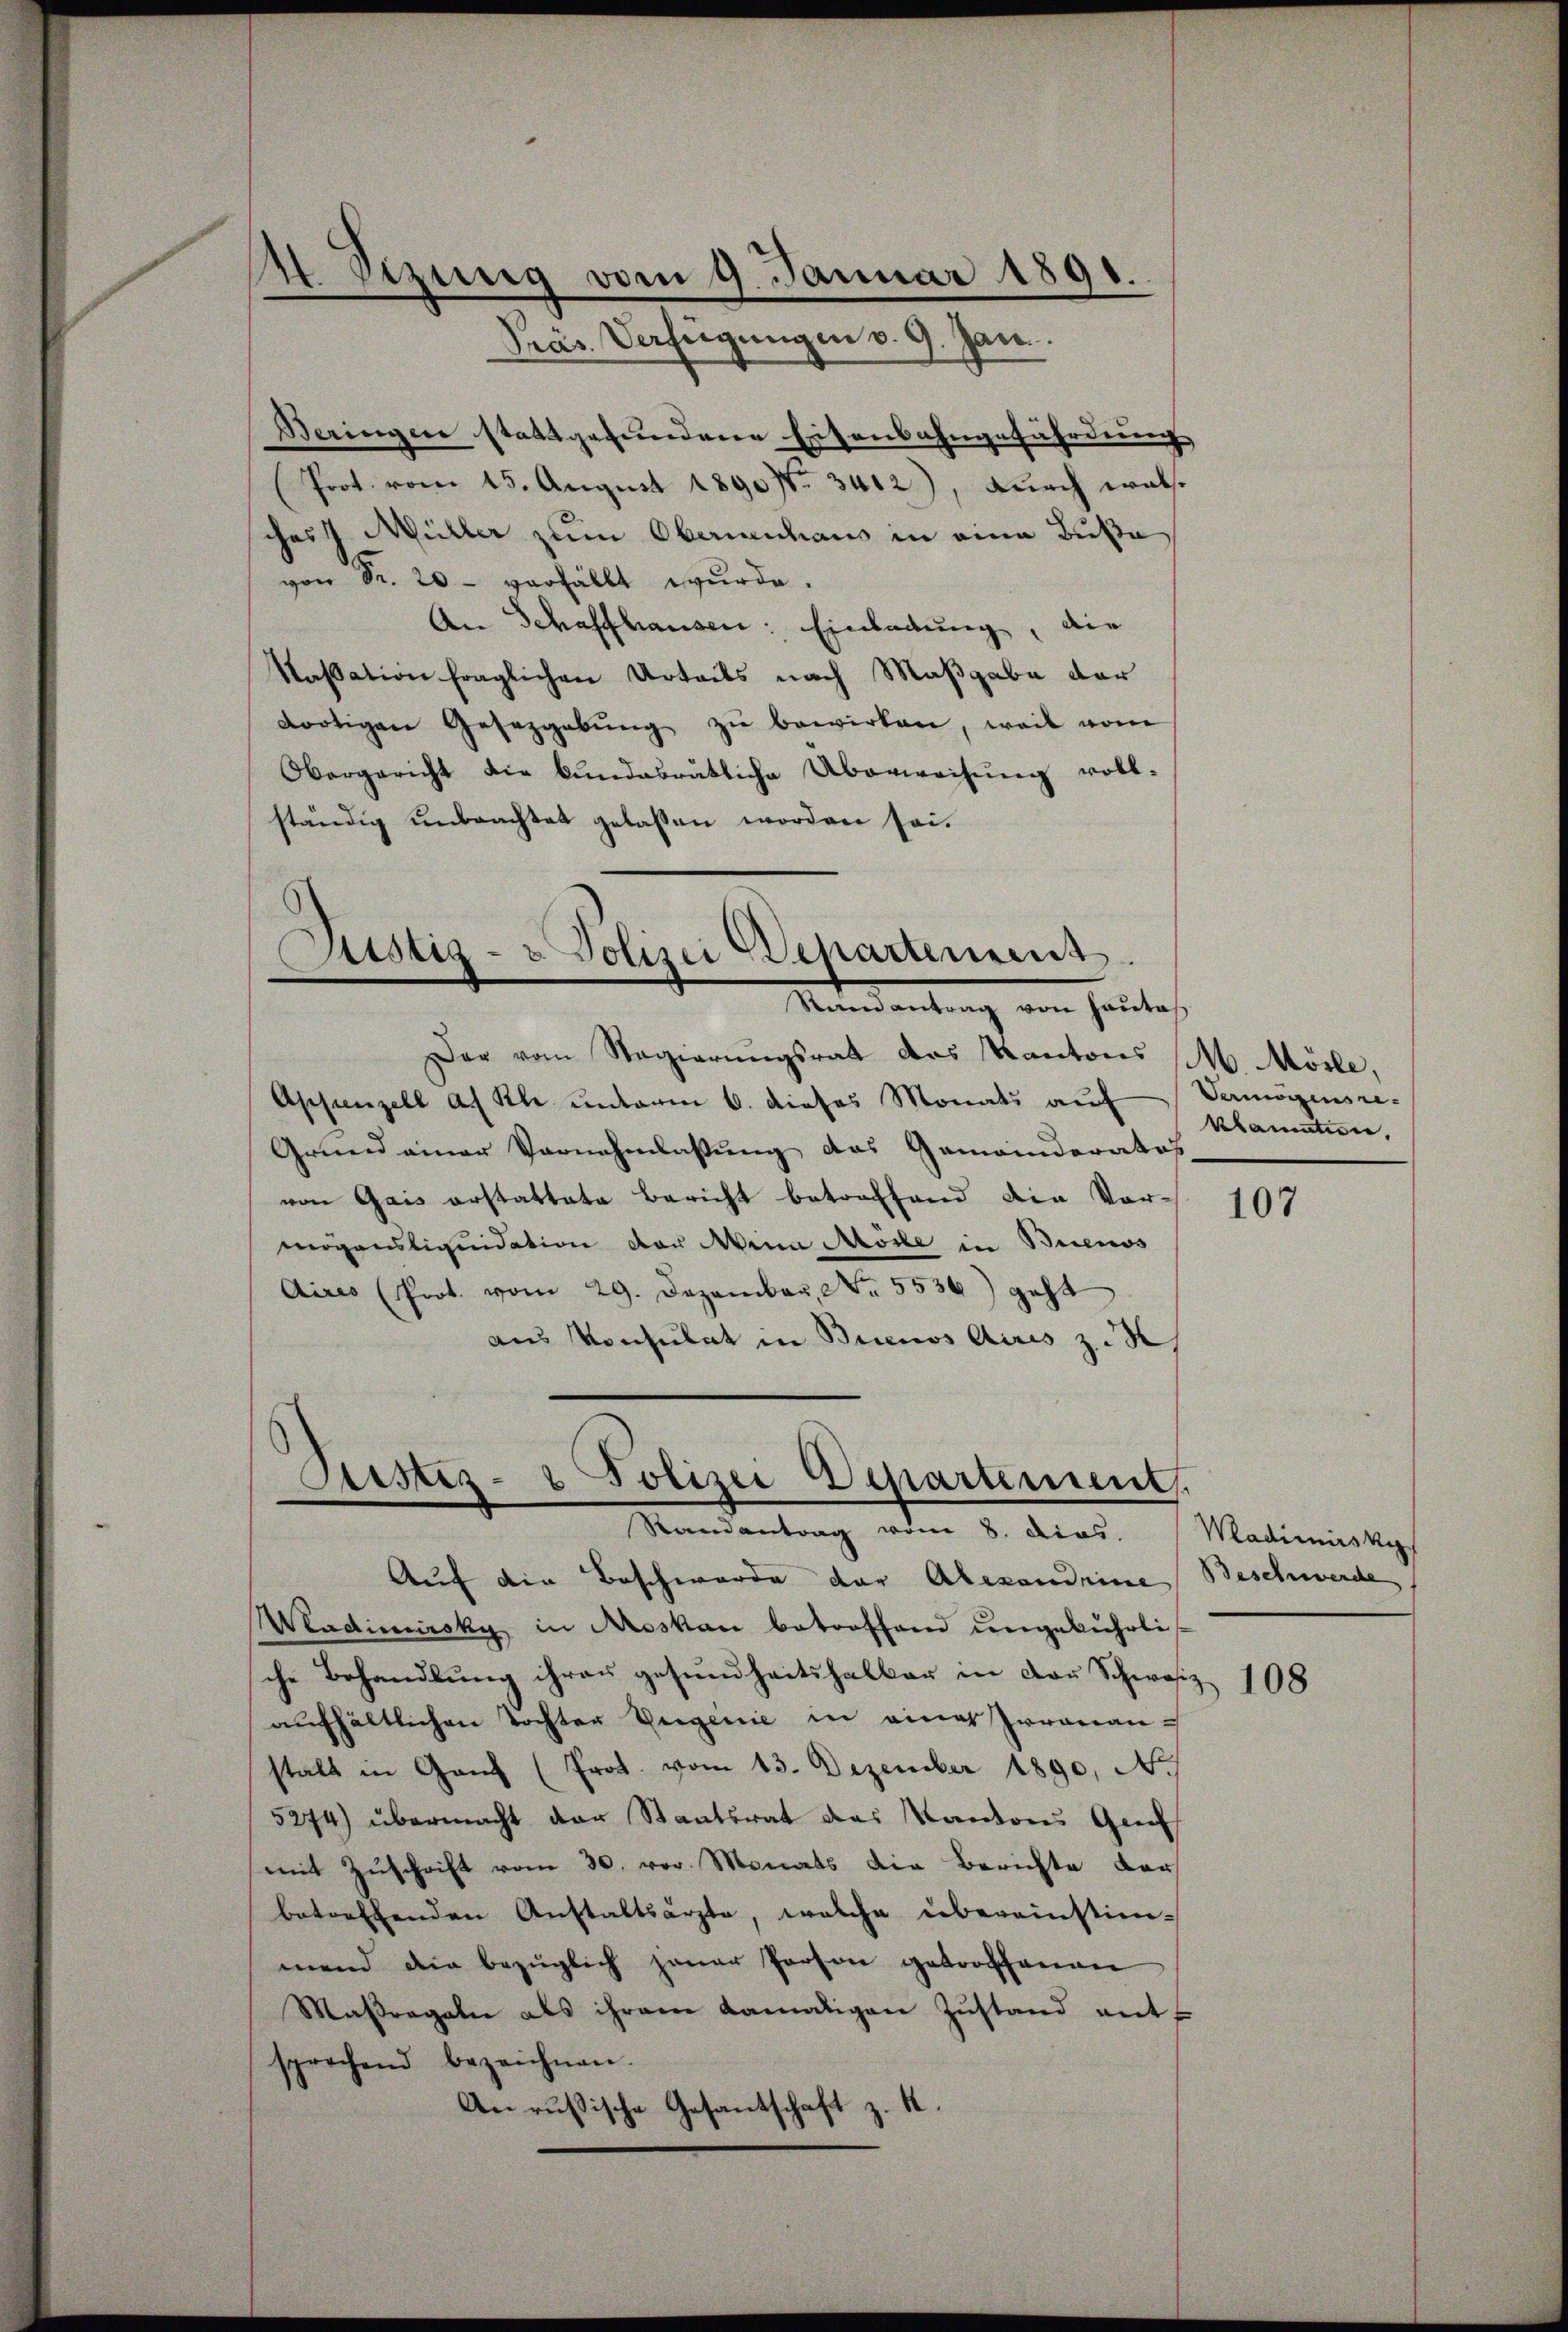
4 Sizung vom 9. Januar 1891.
Präs. Verfügungen v. 9. Jan.

Beringen stattgefundene Eisenbahngefährdung
Prot. vom 15. August 1890. 3412), durch walsches J. Müller zum Obernenhaus in eine Buße
von Sr. 20 - verfällt wurde.
An Schaffhausen: Einladung, die
Kassation fraglichen Urteils nach Maßgabe der
dortigen Gesezgabŭng zŭ bewirken, weil vom
Obergericht die bundesrätliche Überweisŭng voll-
ständig unbrachtet gelassen worden sei.

Sistig- u Polizei Departement.
Mandantung von heuten,

Der vom Regierungsrat des Kantons M. Mösle,
Appenzell a. Rh. unterm 6. dieses Monats auf
Grund einer Vernehmlassung das Gemeinderates
von Gais erstattete Bericht betreffend die Vormögensliquidation der Mina Mose in Buenos
Aires (Prot. vom 29. Dezember, No. 5536) geht
aus Konsulat in Buenos Aires z. B.

Justiz- & Polizei Departement.
Randantrag vom 8. dies

Auf die Beschwerde der Alexandrine Beschwerde
Wladimirsky in Moskau betreffend ungebührli
sche Behandlung ihrer gesundheitshalber in der Schweiz.
aŭfhältlichen Tochter Eugenie in eines Irrenan-
stalt in Ganz (Prot. vom 13. Dezember 1890, No
5274) übermacht der Staatsrat des Kantons Ges
mit Zuschrift vom 30. vor. Monats die Berichte der
betreffenden Anstaltsärzte, welche übereinstim-
mend die bezüglich jener Person getroffenen
Maßregeln als ihrem damaligen Zustand ant
sprechend bezeichnen.
Anrußische Gesantschaft z. B.

Vermögensreklamation,

107

Wladimirsky

108